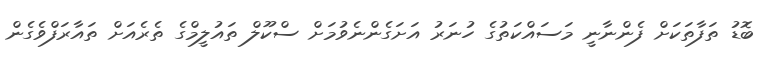
ބޮޑު ތަފާތަކަށް ފެންނާނީ މަސައްކަތުގެ ހުނަރު އަށަގެންނެވުމަށް ސްކޫލް ތައުލީމްގެ ތެރެއަށް ތައާރަފްވެގެން